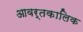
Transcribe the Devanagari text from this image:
आवर्तकालिक